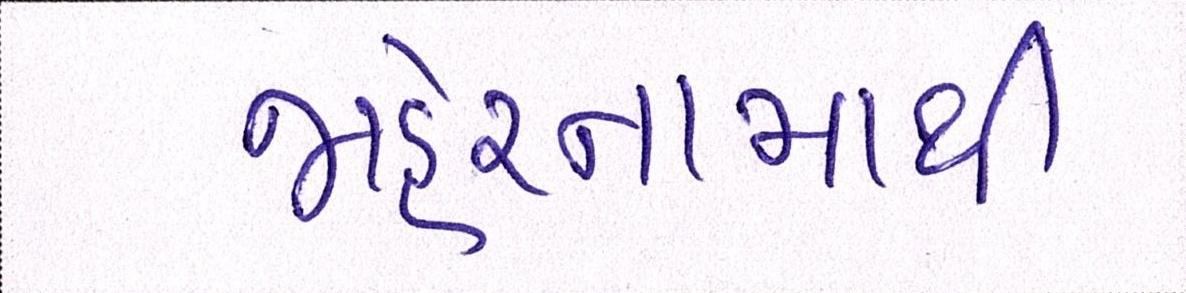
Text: જાહેરનામાથી